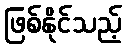
ဖြစ်နိုင်သည့်